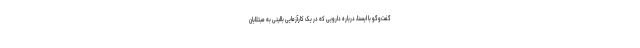
گفت‌وگو با ایسنا، درباره دارویی که در یک کارآزمایی بالینی به مبتلایان